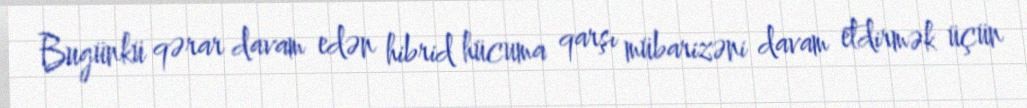
Bugünkü qərar davam edən hibrid hücuma qarşı mübarizəni davam etdirmək üçün